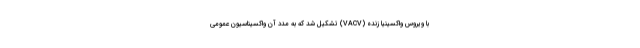
با ویروس واکسینیا زنده (VACV) تشکیل شد که به مدد آن واکسیناسیون عمومی